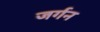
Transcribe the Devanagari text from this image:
जर्गन